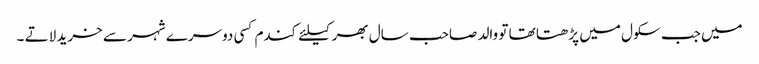
میں جب سکول میں پڑھتا تھا تو والد صاحب سال بھر کیلئے کندم کسی دوسرے شہر سے خرید لاتے ۔